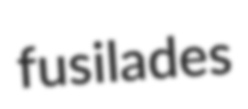
fusilades